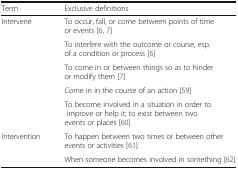
| Term | Exclusive definitions |
 | --- | --- |
 | <ROWSPAN=5> Intervene | To occur, fall, or come between points of time or events [6, 7] |
 | To interfere with the outcome or course, esp. of a condition or process [6] |
 | To come in or between things so as to hinder or modify them [7] |
 | Come in in the course of an action [59] |
 | To become involved in a situation in order to improve or help it; to exist between two events or places [60] |
 | <ROWSPAN=2> Intervention | To happen between two times or between other events or activities [61] |
 | When someone becomes involved in something [62] |